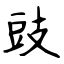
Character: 豉